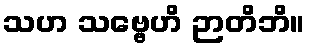
သဟ သဗ္ဗေဟိ ဉာတိဘိ။